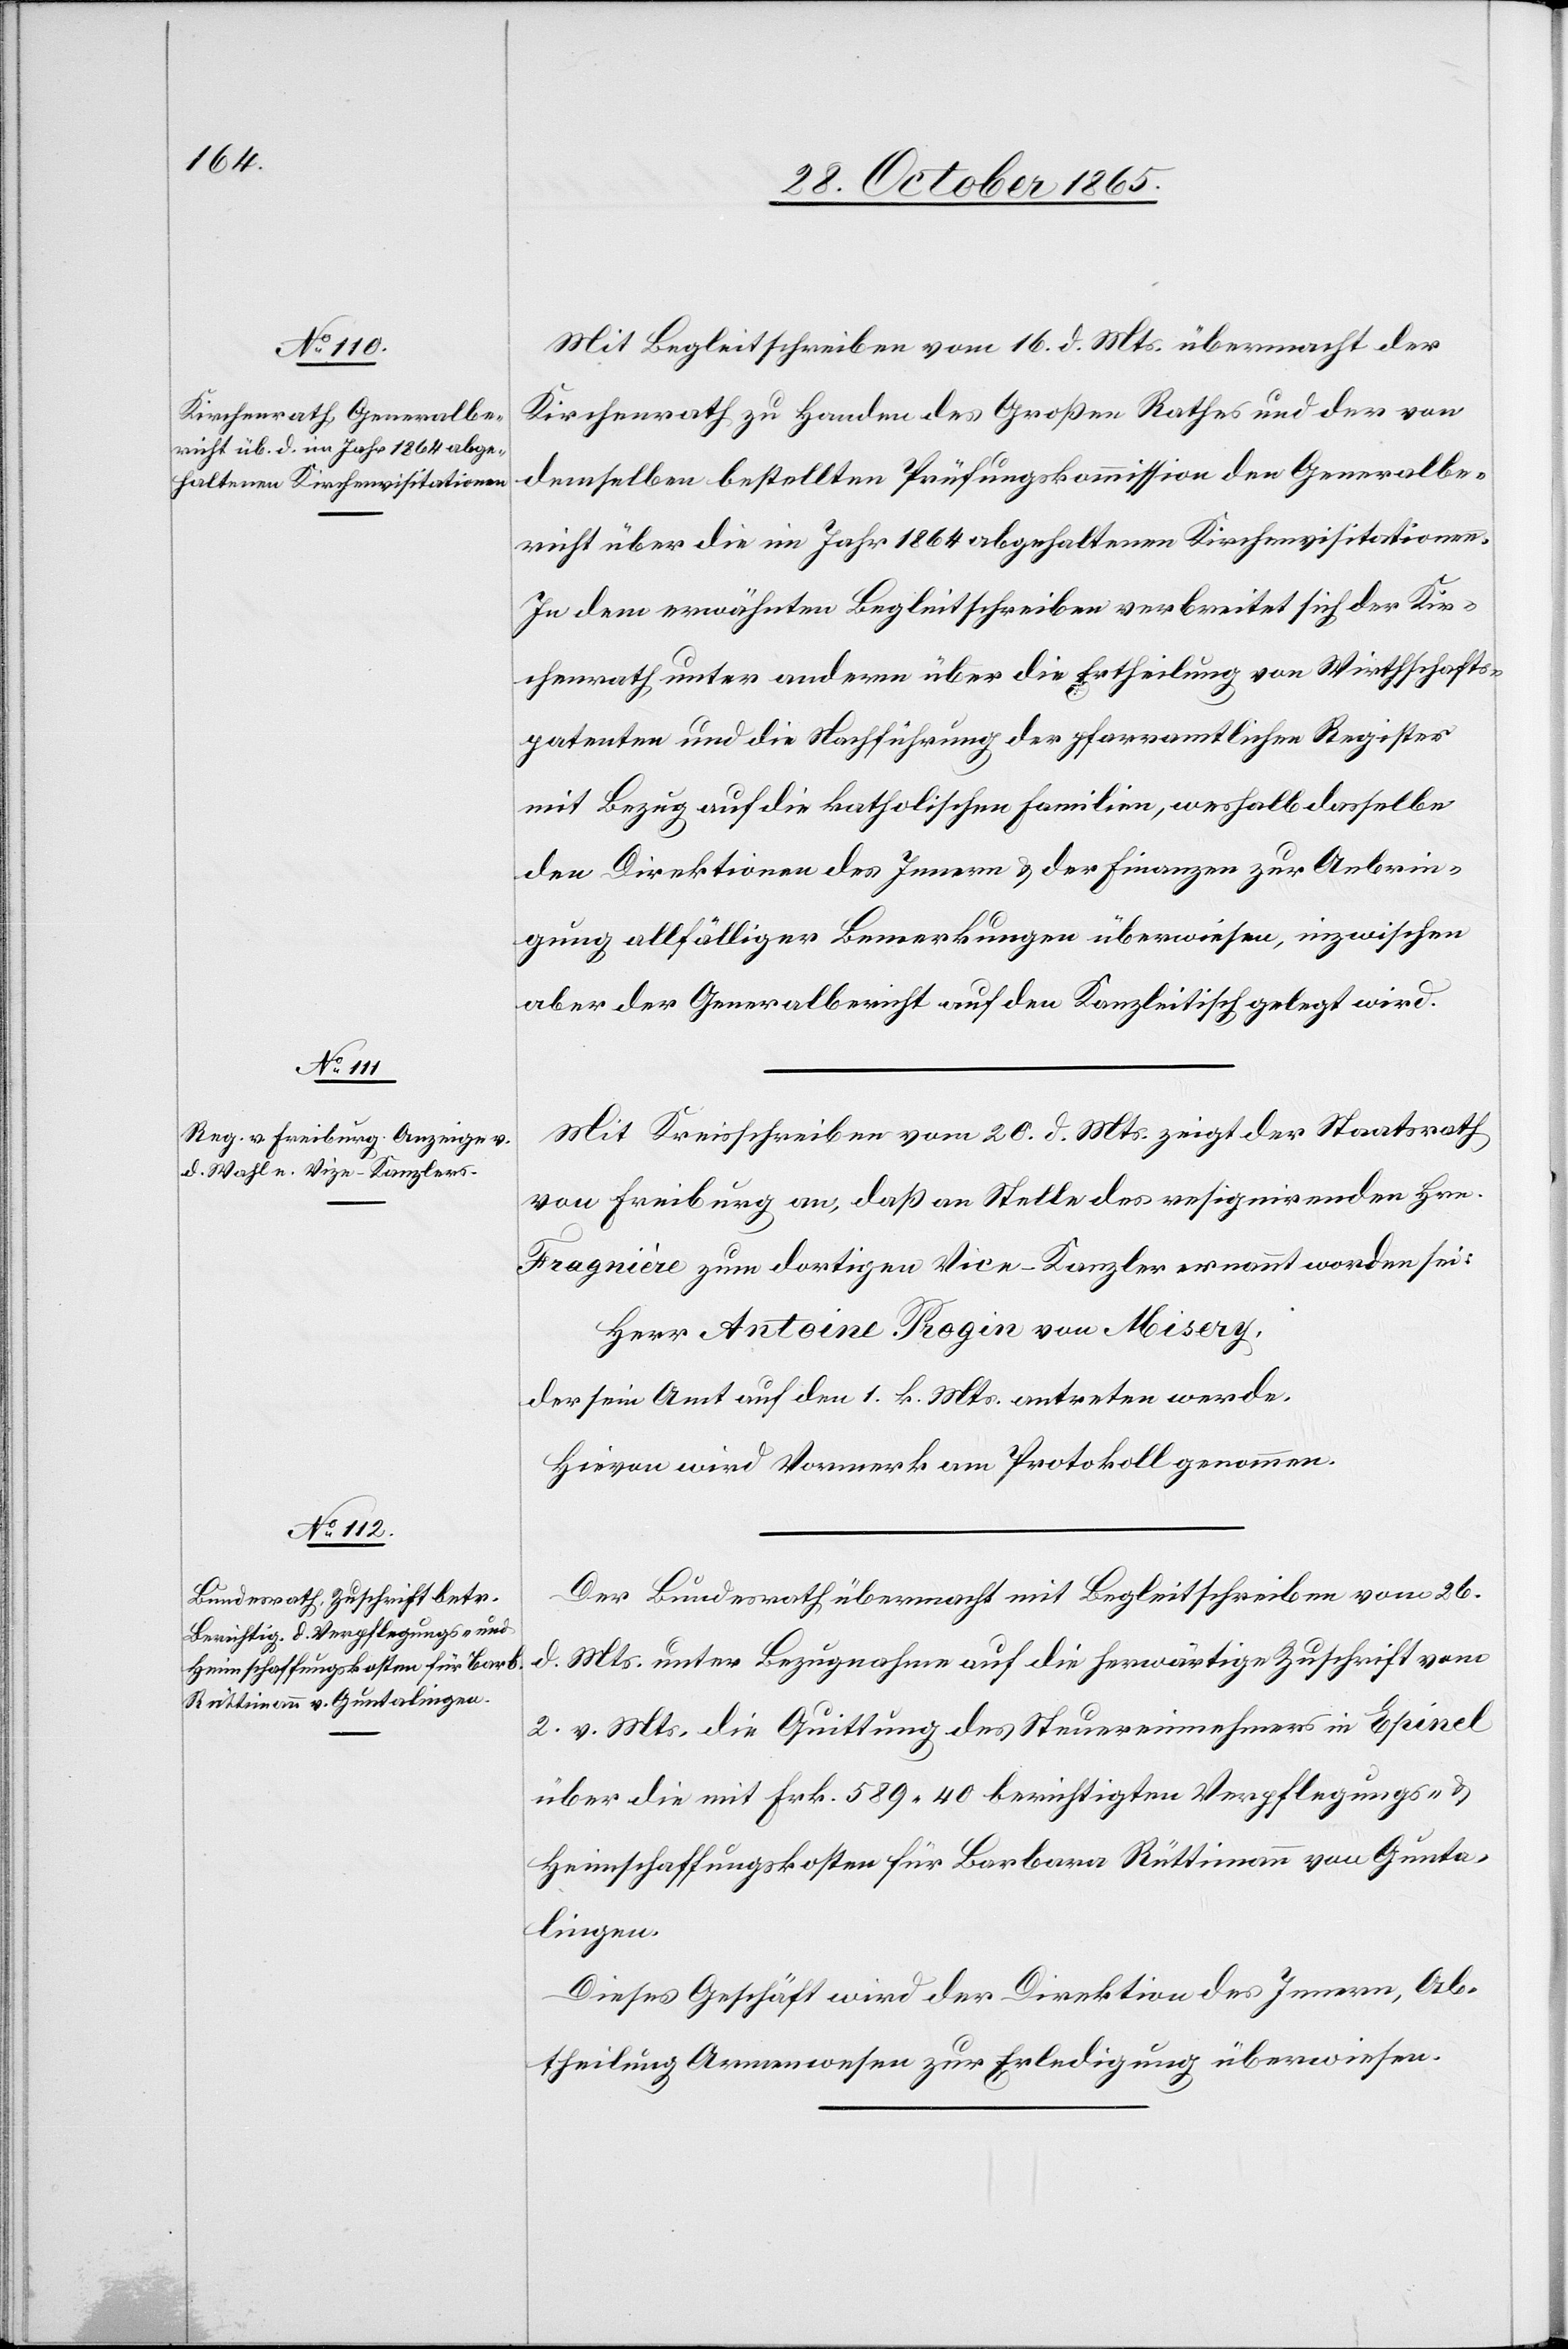
Mit Begleitschreiben vom 16. d. Mts. übermacht der
Kirchenrath zu Handen des Großen Rathes und der von
demselben bestellten Prüfungskommission den Generalbe¬
richt über die im Jahr 1864 abgehaltenen Kirchenvisitationen.
In dem erwähnten Begleitschreiben verbreitet sich der Kir¬
chenrath unter anderm über die Ertheilung von Wirthschafts¬
patenten und die Nachführung der pfarramtlichen Register
mit Bezug auf die katholischen Familien, weshalb dasselbe
den Direktionen des Innern & der Finanzen zur Anbrin¬
gung allfälliger Bemerkungen überwiesen, inzwischen
aber der Generalbericht auf den Kanzleitisch gelegt wird.
Mit Kreisschreiben vom 20. d. Mts. zeigt der Staatsrath
von Freiburg an, daß an Stelle des resignirenden Hrn.
Fragnière zum dortigen Vice-Kanzler ernannt worden sei:
Herr Antoine Rogin von Misery,
der sein Amt auf den 1. k. Mts. antreten werde.
Hievon wird Vormerk am Protokoll genommen.
Der Bundesrath übermacht mit Begleitschreiben vom 26.
d. Mts. unter Bezugnahme auf die herwärtige Zuschrift vom
2. v. Mts. die Quittung des Steuereinnehmers in Epinel
über die mit Frk. 589 40 berichtigten Verpflegungs- &
Heimschaffungskosten für Barbara Rüttimann von Gunta¬
lingen.
Dieses Geschäft wird der Direktion des Innern, Ab¬
theilung Armenwesen zur Erledigung überwiesen.